Scientific memoirs by medical officers of the Army of India - Part VII,
Year: 1892
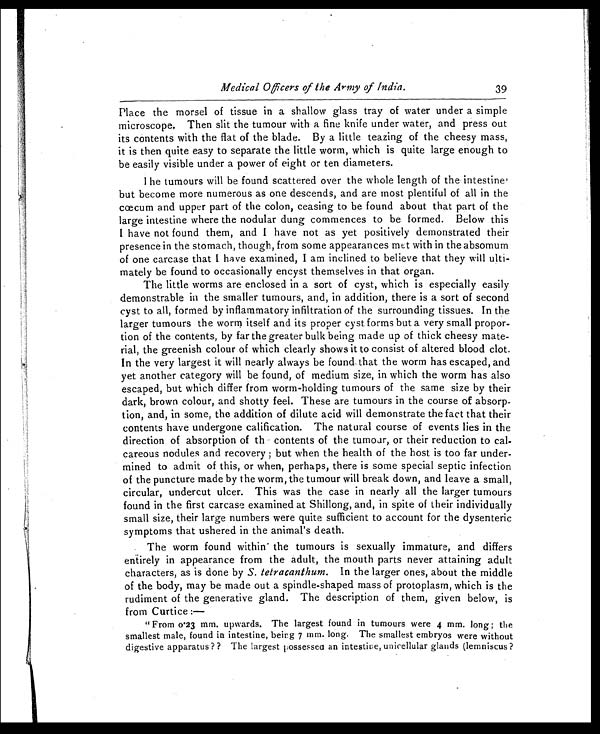
Medical Officers of the Army of India.
39
Place the morsel of tissue in a shallow glass tray of water under a simple
microscope. Then slit the tumour with a fine knife under water, and press out
its contents with the flat of the blade. By a little teazing of the cheesy mass,
it is then quite easy to separate the little worm, which is quite large enough to
be easily visible under a power of eight or ten diameters.
I he tumours will be found scattered over the whole length of the intestine'
but become more numerous as one descends, and are most plentiful of all in the
cœcum and upper part of the colon, ceasing to be found about that part of the
large intestine where the nodular dung commences to be formed. Below this
I have not found them, and I have not as yet positively demonstrated their
presence in the stomach, though, from some appearances met with in the absomum
of one carcase that I have examined, I am inclined to believe that they will ulti-
mately be found to occasionally encyst themselves in that organ.
The little worms are enclosed in a sort of cyst, which is especially easily
demonstrable in the smaller tumours, and, in addition, there is a sort of second
cyst to all, formed by inflammatory infiltration of the surrounding tissues. In the
larger tumours the worm itself and its proper cyst forms but a very small propor-
tion of the contents, by far the greater bulk being made up of thick cheesy mate-
rial, the greenish colour of which clearly shows it to consist of altered blood clot.
In the very largest it will nearly always be found that the worm has escaped, and
yet another category will be found, of medium size, in which the worm has also
escaped, but which differ from worm-holding tumours of the same size by their
dark, brown colour, and shotty feel. These are tumours in the course of absorp-
tion, and, in some, the addition of dilute acid will demonstrate the fact that their
contents have undergone calification. The natural course of events lies in the
direction of absorption of th contents of the tumour, or their reduction to cal-
careous nodules and recovery ; but when the health of the host is too far under-
mined to admit of this, or when, perhaps, there is some special septic infection
of the puncture made by the worm, the tumour will break down, and leave a small,
circular, undercut ulcer. This was the case in nearly all the larger tumours
found in the first carcase examined at Shillong, and, in spite of their individually
small size, their large numbers were quite sufficient to account for the dysenteric
symptoms that ushered in the animal's death.
The worm found within the tumours is sexually immature, and differs
entirely in appearance from the adult, the mouth parts never attaining adult
characters, as is done by S. tetracanthum. In the larger ones, about the middle
of the body, may be made out a spindle-shaped mass of protoplasm, which is the
rudiment of the generative gland. The description of them, given below, is
from Curtice : —
"From 0.23 mm. upwards. The largest found in tumours were 4 mm. long; the
smallest male, found in intestine, being 7 mm. long. The smallest embryos were without
digestive apparatus ?? The largest possessed an intestine, unicellular glands (lemniscus ?